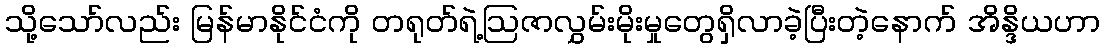
သို့သော်လည်း မြန်မာနိုင်ငံကို တရုတ်ရဲ့ဩဇာလွှမ်းမိုးမှုတွေရှိလာခဲ့ပြီးတဲ့နောက် အိန္ဒိယဟာ